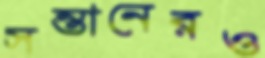
সন্তানেরও